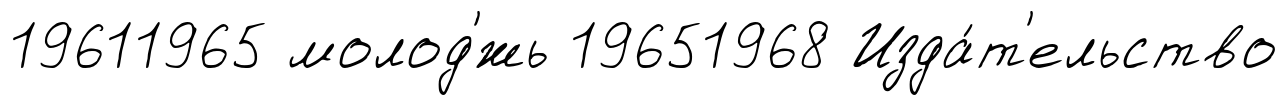
19611965 молод'́жь 19651968 Изда́т'ельство